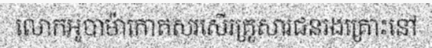
លោកអូបាម៉ាកោតសរសើរគ្រួសារជនរងគ្រោះនៅ